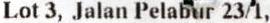
LOT 3, JALAN PELABUR 23/1,